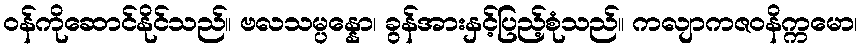
ဝန်ကိုဆောင်နိုင်သည်။ ဗလသမ္ပန္နော၊ ခွန်အားနှင့်ပြည့်စုံသည်။ ကလျာကဇဝနိက္ကမော၊